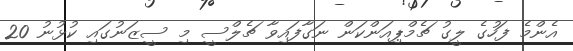
އެންމެ ފަހުގެ ލީގު ޗެމްޕިއަންކަން ނަގާފައިވާ ޗެލްސީ މި ސީޒަނުގައި ކުޅުނު 20